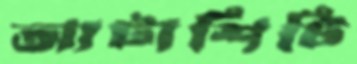
আটাশিটি